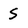
Character: S